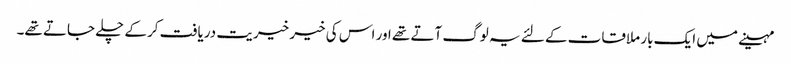
مہینے میں ایک بار ملاقات کے لئے یہ لوگ آتے تھے اور اس کی خیر خیریت دریافت کرکے چلے جاتے تھے۔